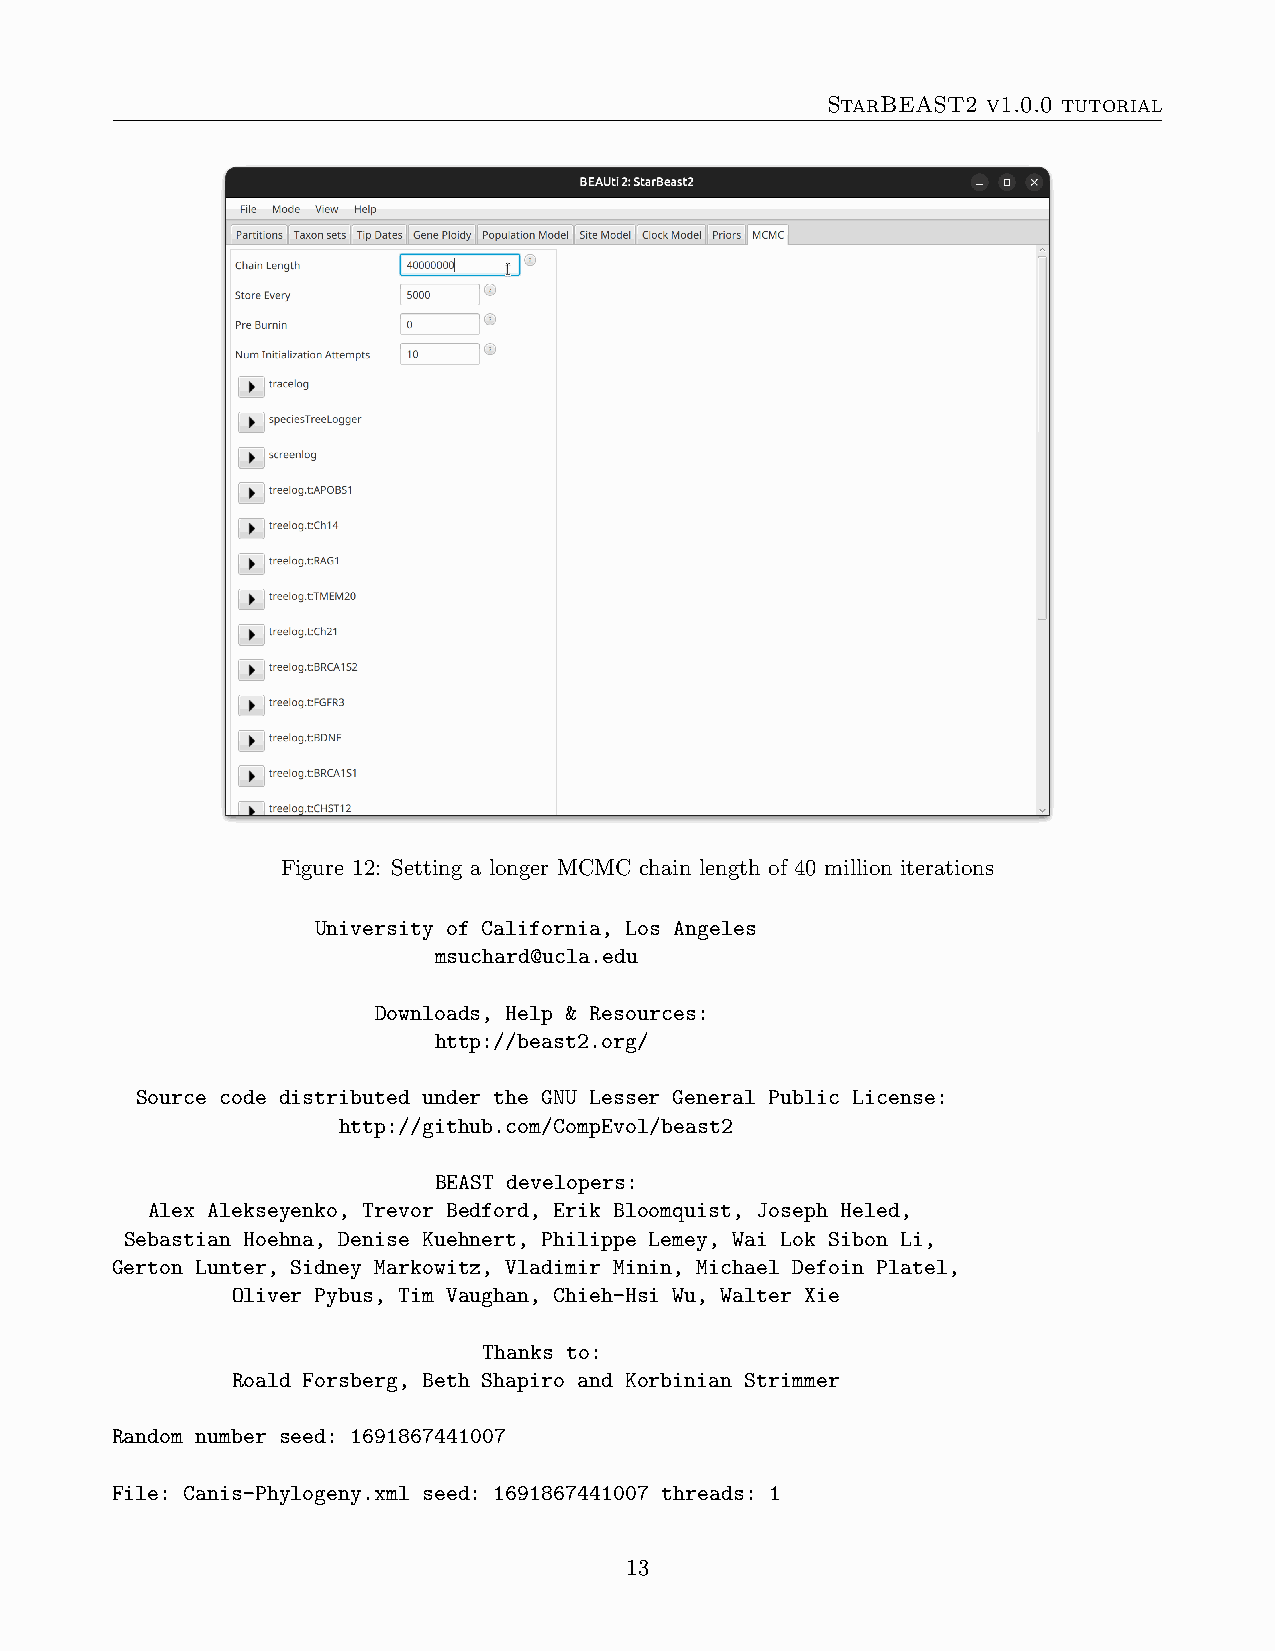
StarBEAST2 v1.0.0 tutorial
 Figure 12: Setting a longer MCMC chain length of 40 million iterations
 University of California, Los Angeles
 msuchard@ucla.edu
 Downloads, Help & Resources:
 http://beast2.org/
 Source code distributed under the GNU Lesser General Public License:
 http://github.com/CompEvol/beast2
 BEAST developers:
 Alex Alekseyenko, Trevor Bedford, Erik Bloomquist, Joseph Heled,
 Sebastian Hoehna, Denise Kuehnert, Philippe Lemey, Wai Lok Sibon Li,
 Gerton Lunter, Sidney Markowitz, Vladimir Minin, Michael Defoin Platel,
 Oliver Pybus, Tim Vaughan, Chieh-Hsi Wu, Walter Xie
 Thanks to:
 Roald Forsberg, Beth Shapiro and Korbinian Strimmer
 Random number seed: 1691867441007
 File: Canis-Phylogeny.xml seed: 1691867441007 threads: 1
 13